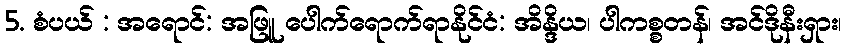
5. စံပယ် : အရောင်: အဖြူ ပေါက်ရောက်ရာနိုင်ငံ: အိန္ဒိယ၊ ပါကစ္စတန်၊ အင်ဒိုနီးရှား၊